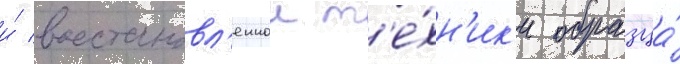
и́ восстановл'еннои т'е́хн'ик'и образца́